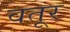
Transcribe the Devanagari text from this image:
वतूर